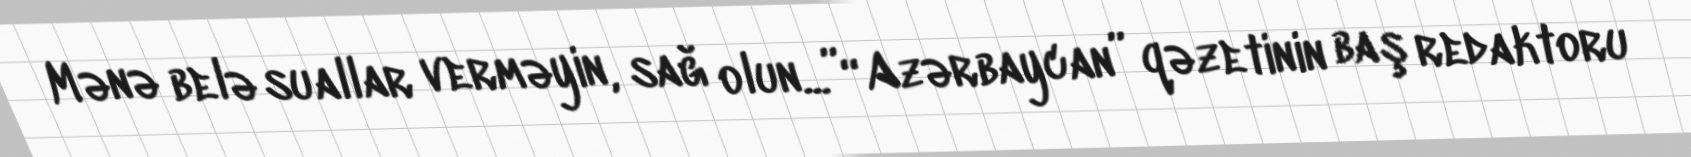
Mənə belə suallar verməyin, sağ olun...”“Azərbaycan” qəzetinin baş redaktoru